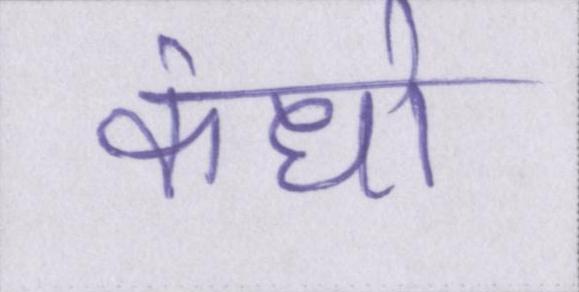
कंधो